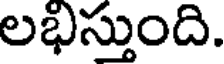
లభిస్తుంది.